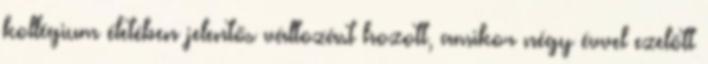
kollégium életében jelentős változást hozott, amikor négy évvel ezelőtt